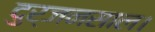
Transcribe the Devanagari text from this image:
दुर्जनसाल।